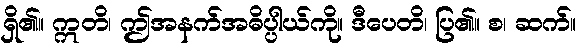
ရှိ၏။ ဣတိ၊ ဤအနက်အဓိပ္ပါယ်ကို။ ဒီပေတိ၊ ပြ၏။ စ၊ ဆက်။